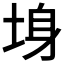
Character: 𡌏